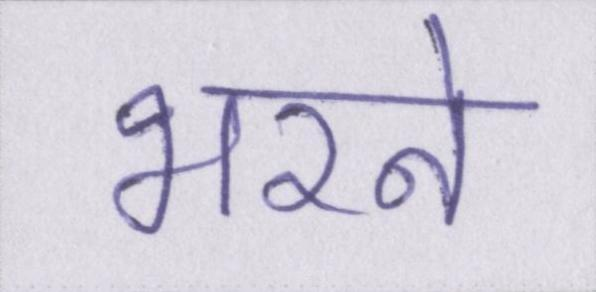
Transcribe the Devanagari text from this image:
भरने